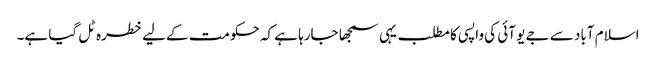
اسلام آباد سے جے یو آئی کی واپسی کا مطلب یہی سمجھا جارہا ہے کہ حکومت کےلیے خطرہ ٹل گیا ہے۔